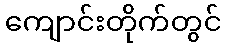
ကျောင်းတိုက်တွင်